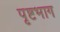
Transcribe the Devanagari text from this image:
पृष्टभाग